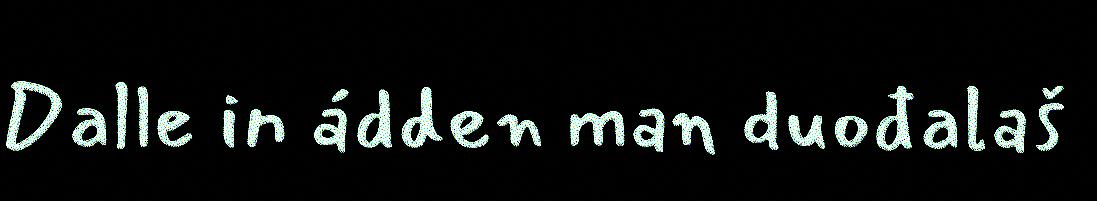
Dalle in ádden man duođalaš